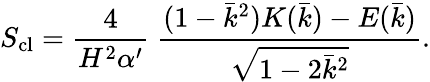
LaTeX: S_{\mathrm{cl}}=\frac{4}{H^{2}\alpha^{\prime}}\; \frac{(1-\bar{k}^{2})K(\bar{k})-E(\bar{k})}{\sqrt{1-2\bar{k}^{2}}}.